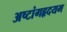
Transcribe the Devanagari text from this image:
अष्टांगहृदयम